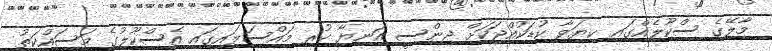
މާލޭގެ ސްކޫލެއްގައި ކިޔަވާ ކުޑަކުއްޖަކަށް ޖިންސީ އަނިޔާ ކުރި މައްސަލައިގައި އެސްކޫލުގެ މަސައްކަތު